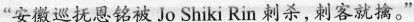
“安徽巡抚恩铭被Jo Shiki Rin 刺杀,刺客就擒。”